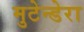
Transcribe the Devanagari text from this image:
मुटेन्डेरा